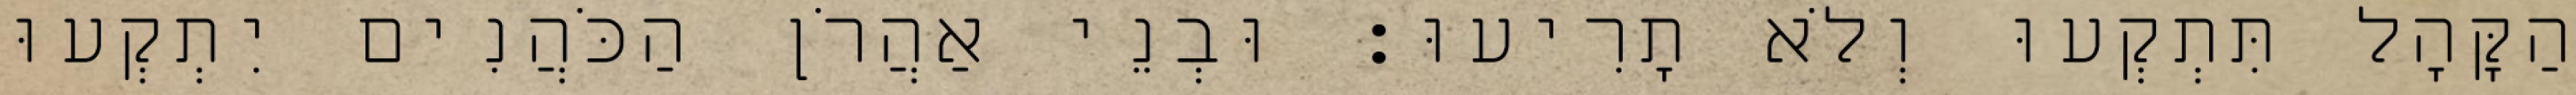
הַקָּהָל תִּתְקְעוּ וְלֹא תָרִיעוּ׃ וּבְנֵי אַהֲרֹן הַכֹּהֲנִים יִתְקְעוּ